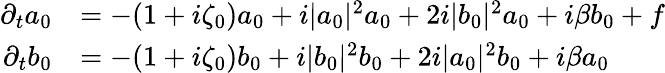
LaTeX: \begin{array}{rl}{\partial_{t}a_{0}}&{=-(1+i\zeta_{0})a_{0}+i|a_{0}|^{2}a_{0}+2i|b_{0}|^{2}a_{0}+i\beta b_{0}+f}\\ {\partial_{t}b_{0}}&{=-(1+i\zeta_{0})b_{0}+i|b_{0}|^{2}b_{0}+2i|a_{0}|^{2}b_{0}+i\beta a_{0}}\end{array}